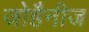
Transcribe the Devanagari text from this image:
जोहैनीज